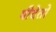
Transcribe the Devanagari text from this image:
पीदेतो